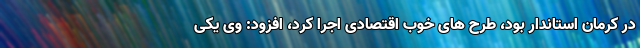
در کرمان استاندار بود، طرح های خوب اقتصادی اجرا کرد، افزود: وی یکی